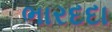
ભારદદા